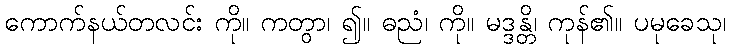
ကောက်နယ်တလင်း ကို။ ကတွာ၊ ၍။ ဓညံ၊ ကို။ မဒ္ဒန္တိ၊ ကုန်၏။ ပမုခေသု၊